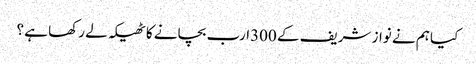
کیا ہم نے نواز شریف کے 300ارب بچانے کا ٹھیکہ لے رکھا ہے ؟